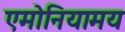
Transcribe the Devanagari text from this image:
एमोनियामय